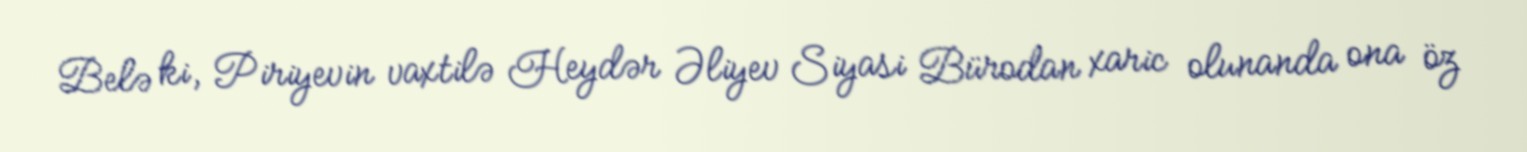
Belə ki, Piriyevin vaxtilə Heydər Əliyev Siyasi Bürodan xaric olunanda ona öz